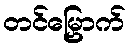
တင်မြှောက်